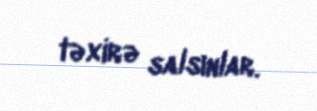
təxirə salsınlar.